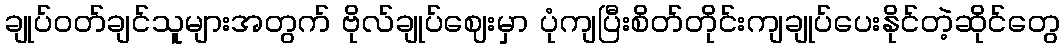
ချုပ်ဝတ်ချင်သူများအတွက် ဗိုလ်ချုပ်ဈေးမှာ ပုံကျပြီးစိတ်တိုင်းကျချုပ်ပေးနိုင်တဲ့ဆိုင်တွေ